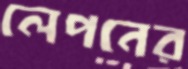
লেপনের